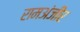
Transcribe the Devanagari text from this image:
रामअंजीर